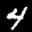
Label: 4